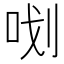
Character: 𭇞